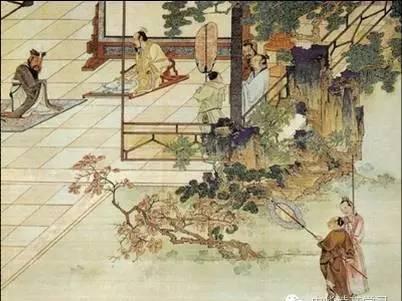
如知其非义，斯速已矣，何待来年。